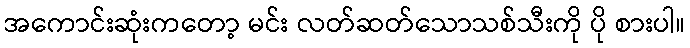
အကောင်းဆုံးကတော့ မင်း လတ်ဆတ်သောသစ်သီးကို ပို စားပါ။